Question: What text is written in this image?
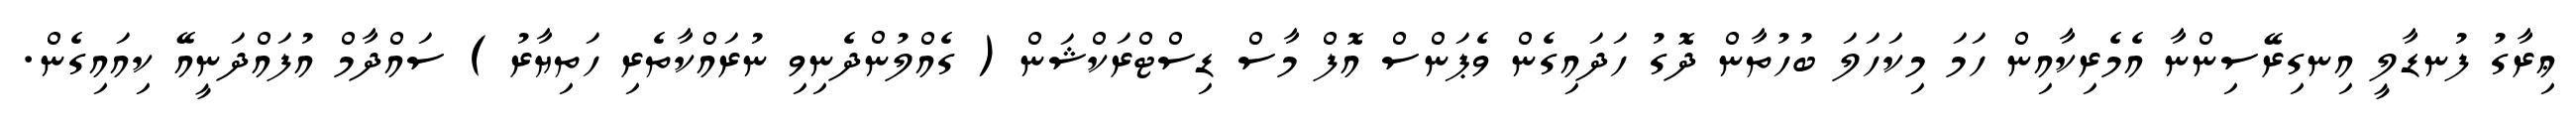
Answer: ޢިރާގު ފުނޑާލީ އިނގިރޭސިންނާ އެމެރިކާއިން ހަމަ މިކަހަލަ ބުހުތާން ދޮގު ހަދައިގެން ވެޕަންސް އޮފް މާސް ޑިސްޓްރަކްޝަން ( ގެއްލުންދެނިވި ނުރައްކާތެރި ހަތިޔާރު ) ސައްދާމް އުފައްދަނީއޭ ކިއައިގެން.